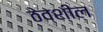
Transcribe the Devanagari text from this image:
ठेवशील